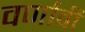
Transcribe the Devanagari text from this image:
वर्णावी